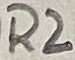
Text: R2